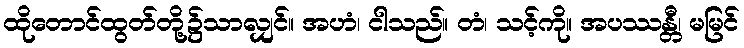
ထိုတောင်ထွတ်တို့၌သာလျှင်။ အဟံ၊ ငါသည်။ တံ၊ သင့်ကို။ အပဿန္တီ၊ မမြင်